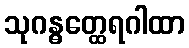
သုဂန္ဓတ္ထေရဂါထာ